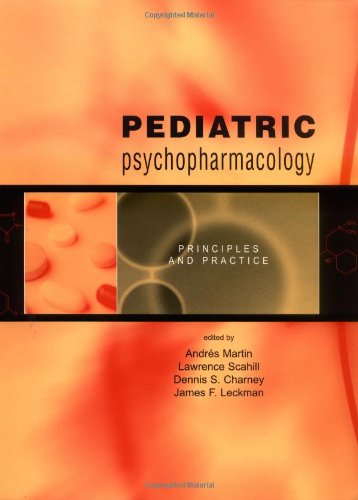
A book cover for Pediatric Psychopharmacology: Principles and Practice; Andres Martin; Medical Books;